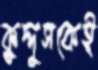
কুদ্দুসকেই